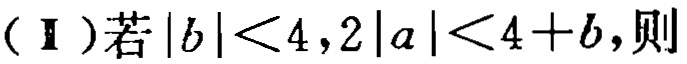
(Ⅱ)若\(|b| < 4,2|a| < 4 + b,则\)